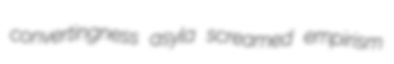
convertingness asyla screamed empirism